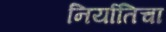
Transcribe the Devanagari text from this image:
निर्यातिचा